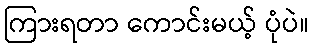
ကြားရတာ ကောင်းမယ့် ပုံပဲ။